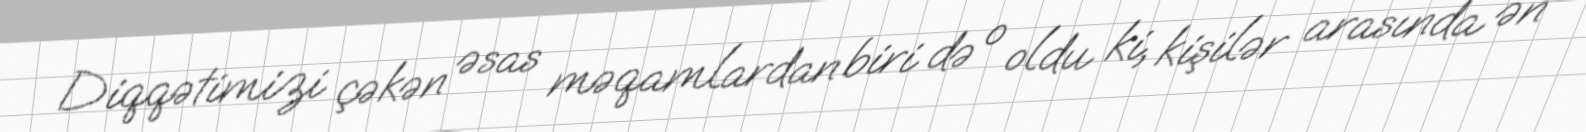
Diqqətimizi çəkən əsas məqamlardan biri də o oldu ki, kişilər arasında ən